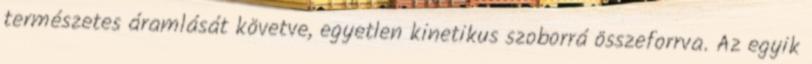
természetes áramlását követve, egyetlen kinetikus szoborrá összeforrva. Az egyik